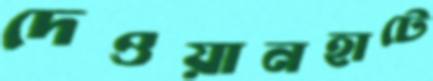
দেওয়ানহাটে